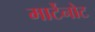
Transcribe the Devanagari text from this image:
मार्टेनोट